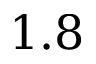
1 . 8